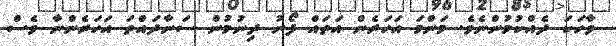
ވާހަކަ ދެއްކުމުންނެވެ. މަންމަ އަހަރެން އަތައް ފޯނު ދިނުމުން ސަނާދައްތަ އަހަރެންނާ ވެސް